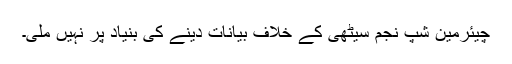
چیئرمین شپ نجم سیٹھی کے خلاف بیانات دینے کی بنیاد پر نہیں ملی۔